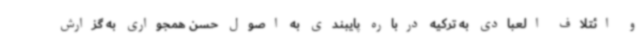
و ائتلاف العبادی به ترکیه درباره پایبندی به اصول حسن همجواری به گزارش